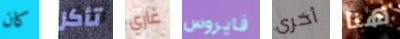
كان تأكل غاري فايروس أخرى هنا